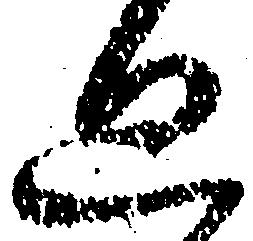
廻